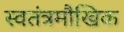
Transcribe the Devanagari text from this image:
स्वतंत्रमौखिक